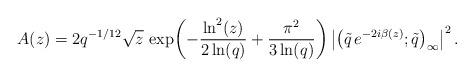
LaTeX: \begin{align*} A(z)=2q^{-1/12}\sqrt{z}\,\exp\!\left(-\frac{\ln^{2}(z)}{2\ln(q)} +\frac{\pi^{2}}{3\ln(q)}\right) \left|\left(\tilde{q}\, e^{-2i\beta(z)};\tilde{q}\right)_{\infty}\right|^{2}. \end{align*}